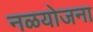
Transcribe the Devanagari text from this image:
नळयोजना